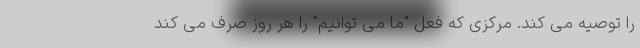
را توصیه می کند. مرکزی که فعل "ما می توانیم" را هر روز صرف می کند